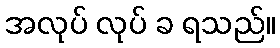
အလုပ် လုပ် ခ ရသည်။